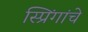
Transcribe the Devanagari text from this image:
स्प्रिंगांचे